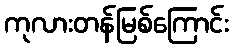
ကုလားတန်မြစ်ကြောင်း